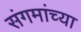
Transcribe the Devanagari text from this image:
संगमांच्या